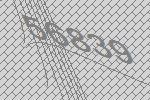
56839